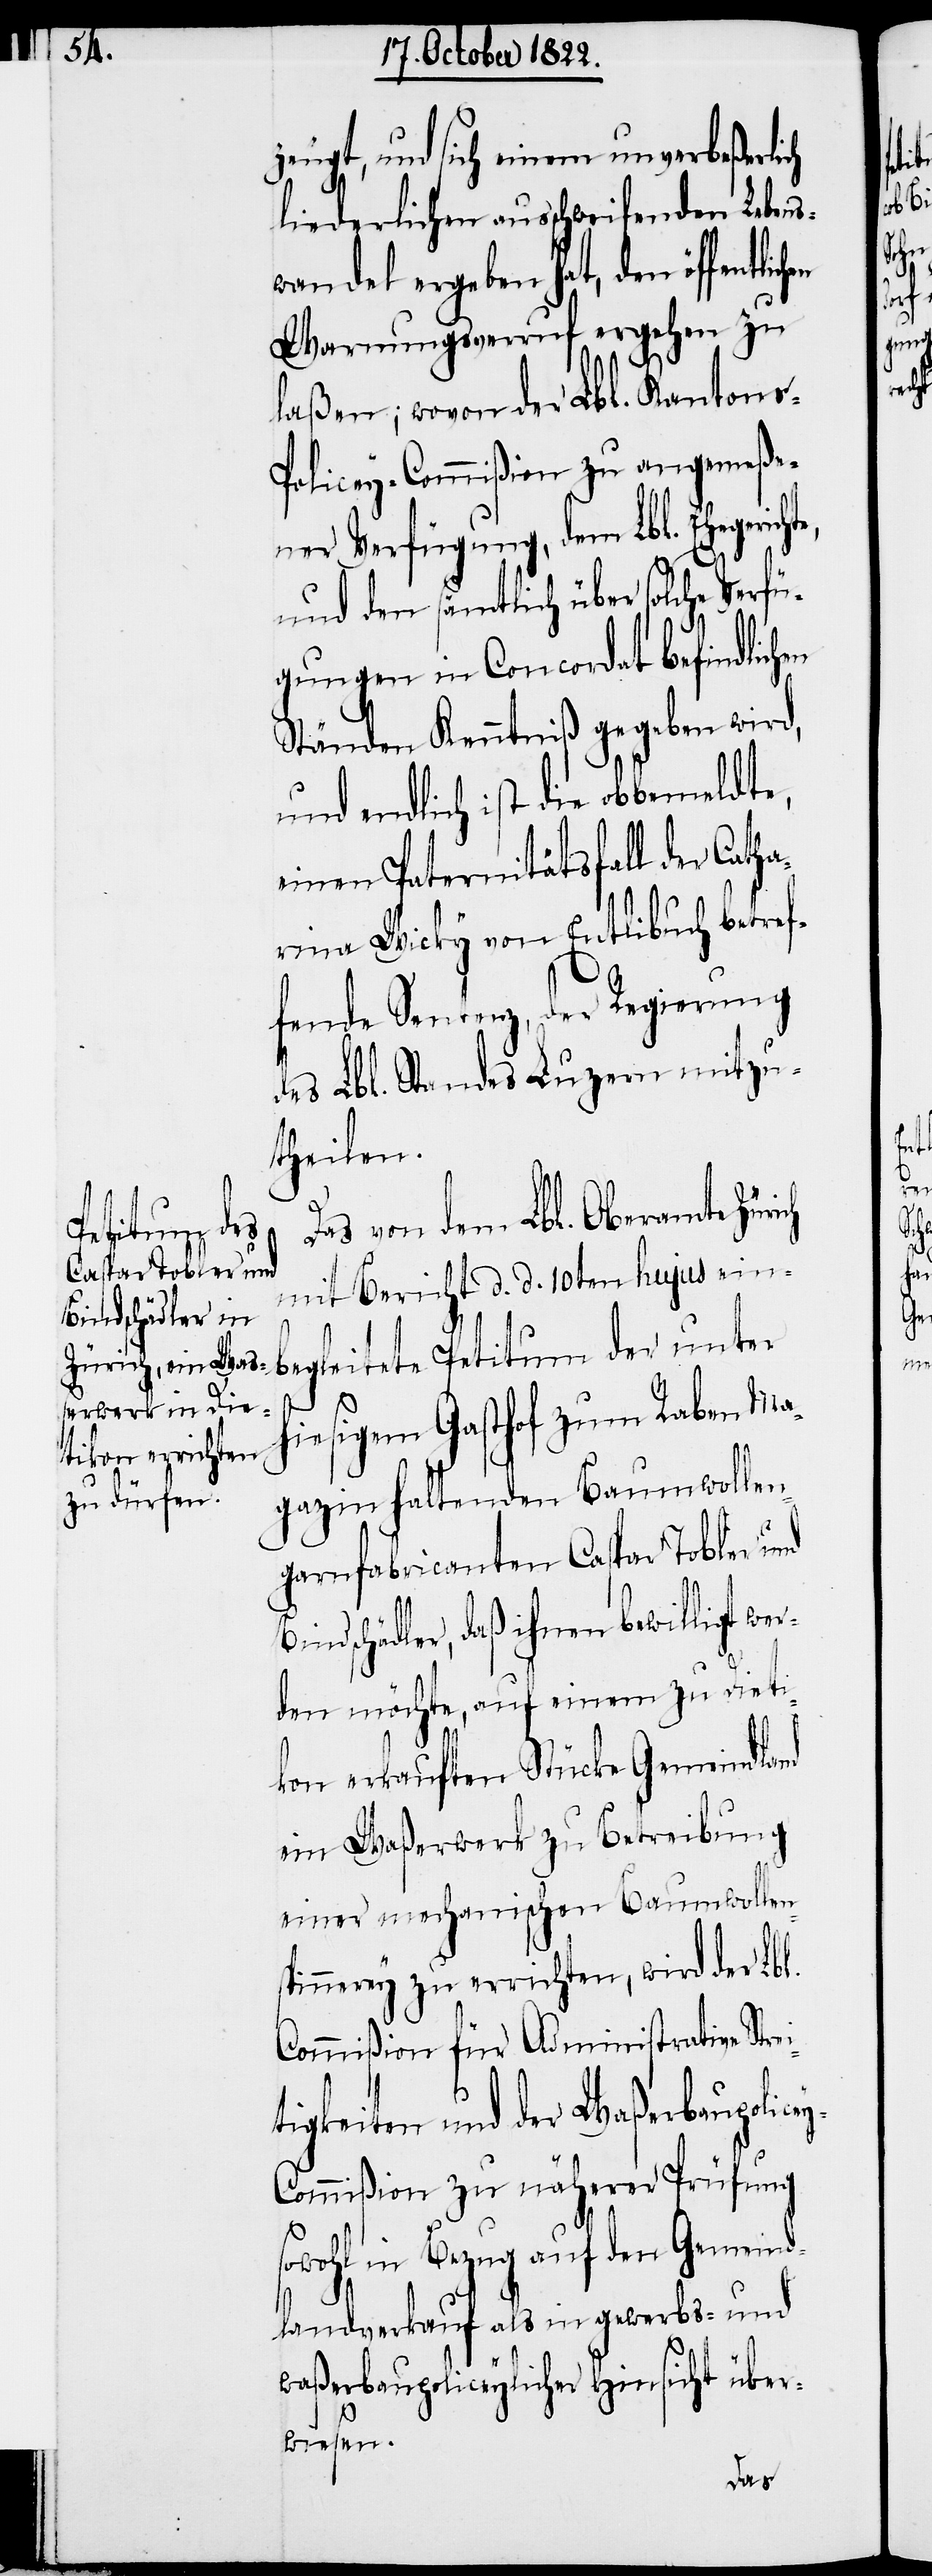
zeugt, und sich einem unverbeßerlich
liederlichen ausschweifenden Lebens¬
wandel ergeben hat, den öffentli¬
Warnungsverruf ergehen zu
laßen; wovon der Lbl. Kantons-P¬
olicey-Commißion zu angemeße¬
ner Verfügung, dem Lbl. Ehegeric¬
und den sämtlich über solche Verfü¬
gungen in Concordat befindlichen
Ständen Kenntniß gegeben wird,
und endlich ist die obbemeldte,
einen Paternitätsfall der Cath¬
arina Wicky von Entlibuch betref¬
fende Sentenz, der Regierung
des Lbl. Standes Luzern mitzu¬
theilen.
Das von dem Lbl. Oberamte
mit Bericht d. d. 10ten hujus ein¬
begleitete Petitum der unter
hiesigem Gasthof zum Raben Ma¬
gazin haltenden Baumwollen¬
garnfabricanten Caspar Tobler und
Bindschädler, daß ihnen bewilligt we¬
rden möchte, auf einem zu Dieti¬
kon erkauften Stücke Gemeindland
ein Waßerwerk zu Betreibung
einer mechanischen Baumwollen¬
spinnerey zu errichten, wird der Lbl.
Commißion für Administrative Str¬
tigkeiten und der Waßerbaupolice¬
y-Commißion zu näherer Prüfung
sowohl in Bezug auf den Gemeind¬
landverkauf als in gewerbs- und
waßerbaupoliceylicher Hinsicht über¬
wiesen.

ei¬